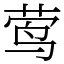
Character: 莺